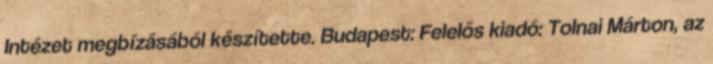
Intézet megbízásából készítette. Budapest: Felelős kiadó: Tolnai Márton, az